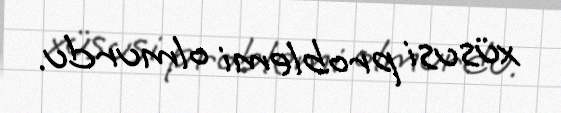
xüsusi problemi olmurdu.